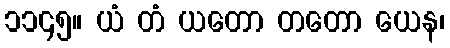
၁၁၄၅။ ယံ တံ ယတော တတော ယေန၊